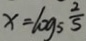
x = \log _ { 5 } \frac { 2 } { 5 }